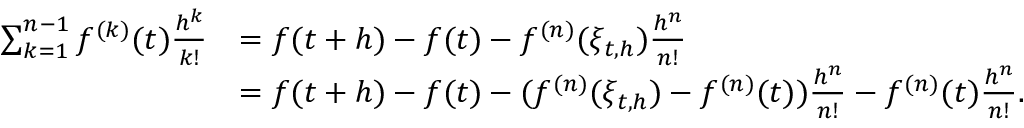
\begin{array} { r l } { \sum _ { k = 1 } ^ { n - 1 } f ^ { ( k ) } ( t ) \frac { h ^ { k } } { k ! } } & { = f ( t + h ) - f ( t ) - f ^ { ( n ) } ( \xi _ { t , h } ) \frac { h ^ { n } } { n ! } } \\ & { = f ( t + h ) - f ( t ) - ( f ^ { ( n ) } ( \xi _ { t , h } ) - f ^ { ( n ) } ( t ) ) \frac { h ^ { n } } { n ! } - f ^ { ( n ) } ( t ) \frac { h ^ { n } } { n ! } . } \end{array}